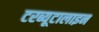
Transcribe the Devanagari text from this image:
टरब्यूटालाइन